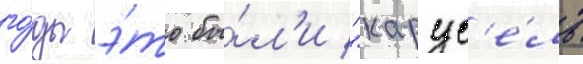
го́ды э́то бы́л'и "карус'е́ль